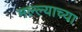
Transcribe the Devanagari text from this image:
मल्ल्याच्या